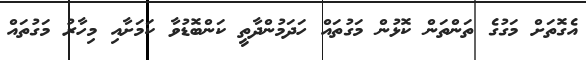
އެގޮތަށް މަގުގެ ތަންތަން ކޮޅުން މަގުތައް ހަދަމުންދާތީ ކަންބޮޑުވާ ކަމަށާއި މިހާރު މަގުތައް